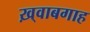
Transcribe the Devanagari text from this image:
ख़्वाबगाह